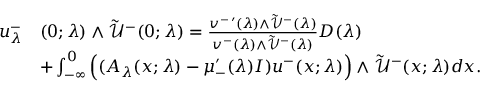
\begin{array} { r l } { u _ { \lambda } ^ { - } } & { ( 0 ; \lambda ) \wedge \tilde { \mathcal { U } } ^ { - } ( 0 ; \lambda ) = \frac { v ^ { - \, \prime } ( \lambda ) \wedge \tilde { \mathcal { V } } ^ { - } ( \lambda ) } { v ^ { - } ( \lambda ) \wedge \tilde { \mathcal { V } } ^ { - } ( \lambda ) } D ( \lambda ) } \\ & { + \int _ { - \infty } ^ { 0 } \Big ( ( A _ { \lambda } ( x ; \lambda ) - \mu _ { - } ^ { \prime } ( \lambda ) I ) u ^ { - } ( x ; \lambda ) \Big ) \wedge \tilde { \mathcal { U } } ^ { - } ( x ; \lambda ) d x . } \end{array}